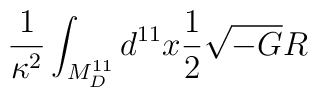
\frac{1}{\kappa^2} \int_{M^{11}_D} d^{11} x \frac{1}{2} \sqrt{-G} R